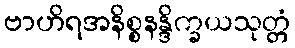
ဗာဟိရအနိစ္စနန္ဒိက္ခယသုတ္တံ